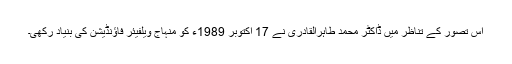
اس تصور کے تناظر میں ڈاکٹر محمد طاہرالقادری نے 17 اکتوبر 1989ء کو منہاج ویلفیئر فاؤنڈیشن کی بنیاد رکھی۔